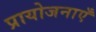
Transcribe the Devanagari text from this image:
प्रायोजनाएँ